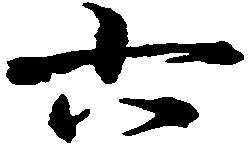
六